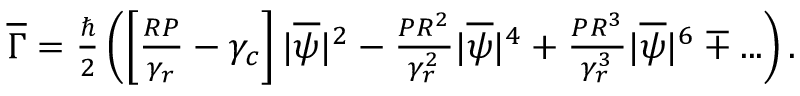
\begin{array} { r } { \overline { { \Gamma } } = \frac { \hbar } { 2 } \left( \left[ \frac { R P } { \gamma _ { r } } - \gamma _ { c } \right] | \overline { { \psi } } | ^ { 2 } - \frac { P R ^ { 2 } } { \gamma _ { r } ^ { 2 } } | \overline { { \psi } } | ^ { 4 } + \frac { P R ^ { 3 } } { \gamma _ { r } ^ { 3 } } | \overline { { \psi } } | ^ { 6 } \mp . . . \right) . } \end{array}